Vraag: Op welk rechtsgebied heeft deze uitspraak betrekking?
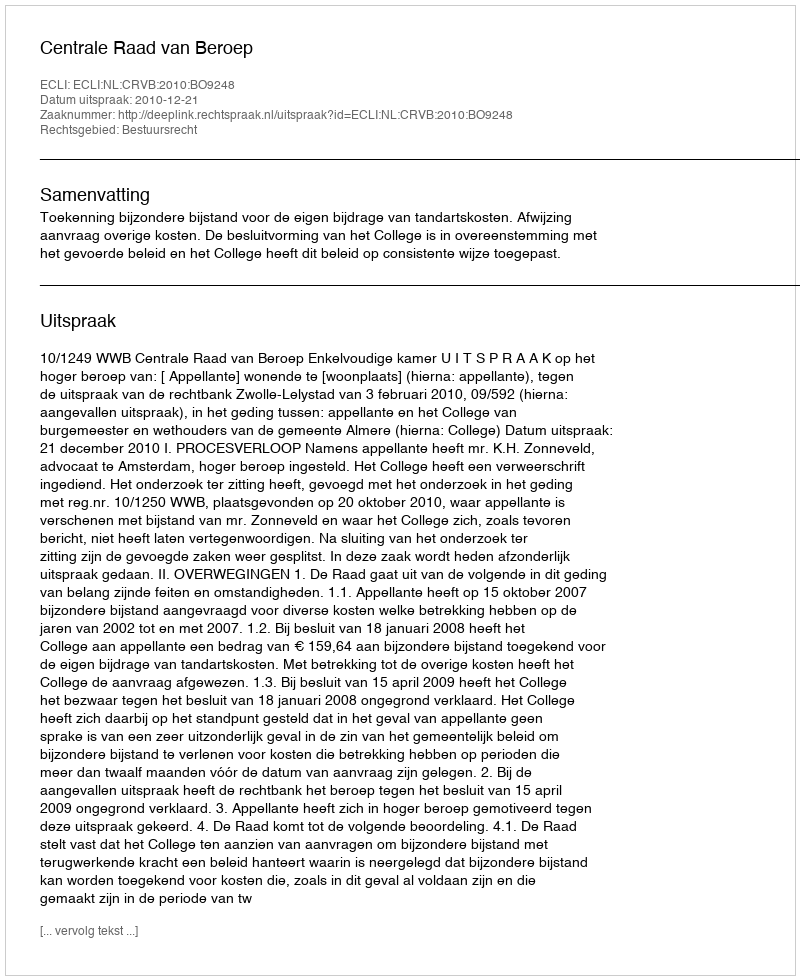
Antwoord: Bestuursrecht